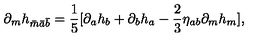
\partial _ { m } h _ { \bar { m } \bar { a } \bar { b } } = \frac { 1 } { 5 } [ \partial _ { a } h _ { b } + \partial _ { b } h _ { a } - \frac { 2 } { 3 } \eta _ { a b } \partial _ { m } h _ { m } ] ,